Indian journal of veterinary science and animal husbandry - Volume 6,
Year: 1936
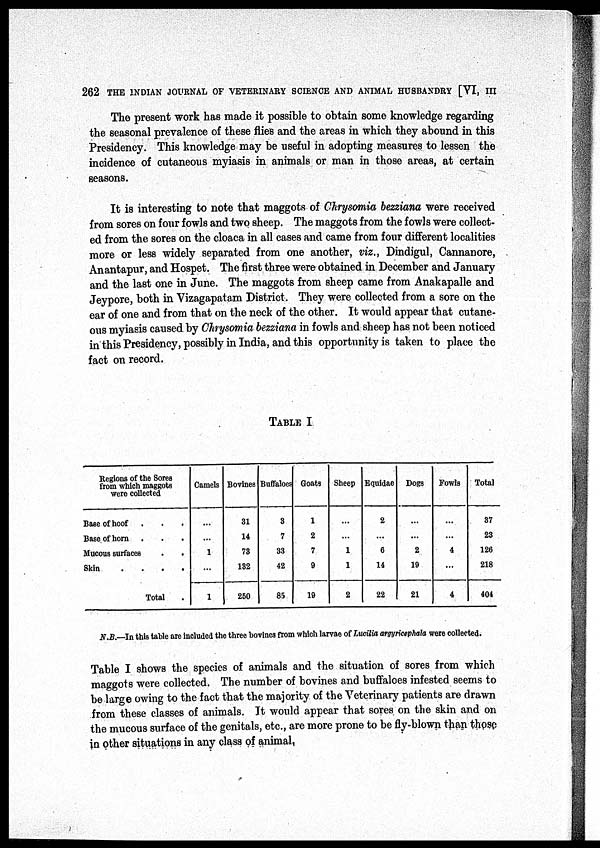
262 THE INDIAN JOURNAL OF VETERINARY SCIENCE AND ANIMAL HUSBANDRY [VI, III
The present work has made it possible to obtain some knowledge regarding
the seasonal prevalence of these flies and the areas in which they abound in this
Presidency. This knowledge may be useful in adopting measures to lessen the
incidence of cutaneous myiasis in animals or man in those areas, at certain
seasons.
It is interesting to note that maggots of Chrysomia bezziana were received
from sores on four fowls and two sheep. The maggots from the fowls were collect-
ed from the sores on the cloaca in all cases and came from four different localities
more or less widely separated from one another, viz., Dindigul, Cannanore,
Anantapur, and Hospet. The first three were obtained in December and January
and the last one in June. The maggots from sheep came from Anakapalle and
Jeypore, both in Vizagapatam District. They were collected from a sore on the
ear of one and from that on the neck of the other. It would appear that cutane-
ous myiasis caused by Chrysomia bezziana in fowls and sheep has not been noticed
in this Presidency, possibly in India, and this opportunity is taken to place the
fact on record.
TABLE I
Regions of the Sores
from which maggots
were collected
Base of hoof . . .
Base of horn . . .
Mucous surfaces . .
Skin
.
.
.
.
Total .
Camels
...
...
1
...
1
Bovines
31
14
73
132
250
Buffaloes
3
7
33
42
85
Goats
1
2
7
9
19
Sheep
...
...
1
1
2
Equidae
2
...
6
14
22
Dogs
...
...
2
19
21
Fowls
...
...
4
...
4
Total
37
23
126
218
404
N.B.—In this table are included the three bovines from which larvae of Lucilia argyricephala were collected.
Table I shows the species of animals and the situation of sores from which
maggots were collected. The number of bovines and buffaloes infested seems to
be large owing to the fact that the majority of the Veterinary patients are drawn
from these classes of animals. It would appear that sores on the skin and on
the mucous surface of the genitals, etc., are more prone to be fly-blown than those
in other situations in any class of animal,